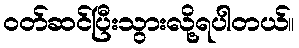
ဝတ်ဆင်ပြီးသွားလို့ရပါတယ်။